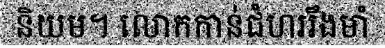
និយម។ លោកកាន់ជំហររឹងមាំ